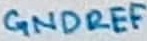
Text: GNDRED